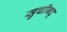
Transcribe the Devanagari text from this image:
सुचीबद्